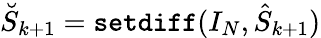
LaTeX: \breve{S}_{k+1}={\tt setdiff}(I_{N},\hat{S}_{k+1})